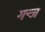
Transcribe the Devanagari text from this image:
गन्ज